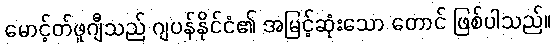
မောင့်တ်ဖူဂျီသည် ဂျပန်နိုင်ငံ၏ အမြင့်ဆုံးသော တောင် ဖြစ်ပါသည်။